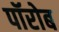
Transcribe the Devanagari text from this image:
पॉरोब